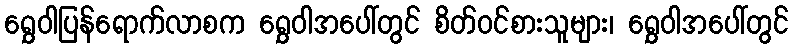
ရွှေဝါပြန်ရောက်လာစက ရွှေဝါအပေါ်တွင် စိတ်ဝင်စားသူများ၊ ရွှေဝါအပေါ်တွင်